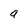
Character: a